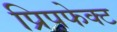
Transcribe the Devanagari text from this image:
प्रिप़फेक्ट